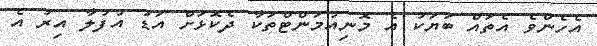
އެހެންވެ އެތައް ބަޔަކު އެ މޮނިއުމަންޓްތަކާ ދެކޮޅަށް އަޑު އުފުލާ އިރު އެ